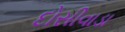
દોસીવાડા